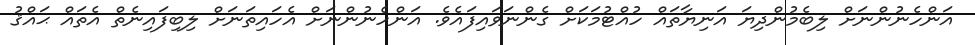
އަންހެނުންނަށް ލިބެމުންދިޔަ އަނިޔާތައް ހުއްޓުމަކަށް ގެންނަވައިފައެވެ. އަންހެނުންނަށް އެހައިތަނަށް ލިބިފައިނެތް އެތައް ޙައްޤު